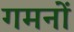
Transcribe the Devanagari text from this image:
गमनों